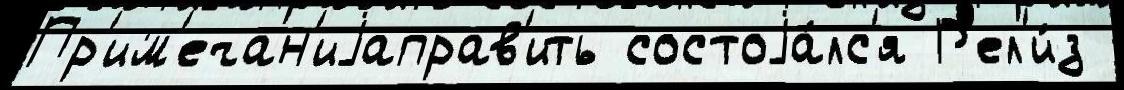
Пр'им'ечан'иjаправ'ить состоjа́лс'я Р'ел'и́з